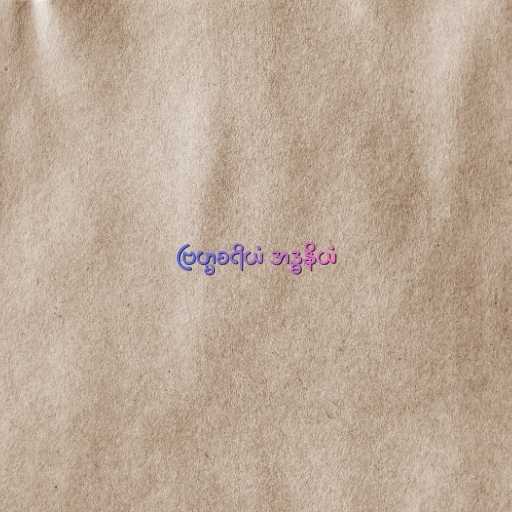
ဗြဟ္မစရိယံ အဒ္ဓနိယံ